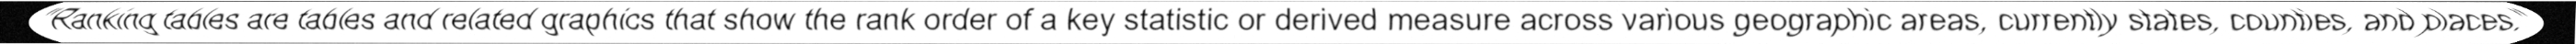
"Ranking tables are tables and related graphics that show the rank order of a key statistic or derived measure across various geographic areas, currently states, counties, and places."